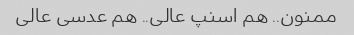
ممنون.. هم اسنپ عالی.. هم عدسی عالی